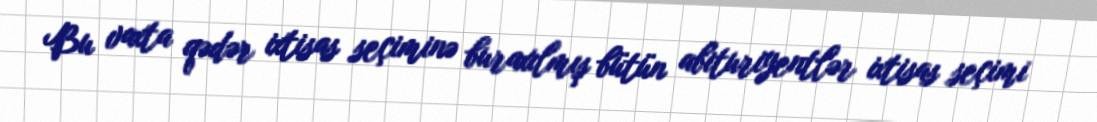
Bu vaxta qədər ixtisas seçiminə buraxılmış bütün abituriyentlər ixtisas seçimi